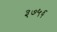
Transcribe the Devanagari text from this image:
३७५६